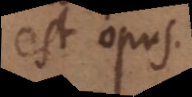
est opus